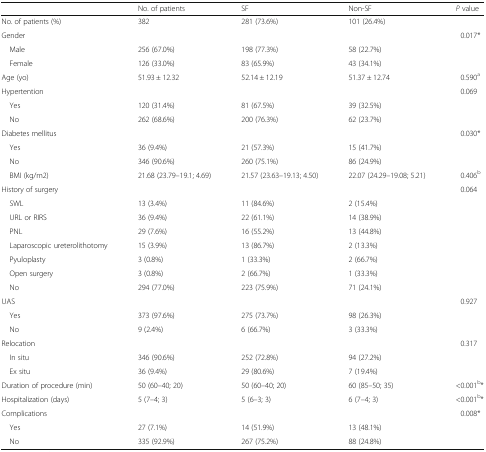
<table><thead><tr><td></td><td><b>No. of patients</b></td><td><b>SF</b></td><td><b>Non-SF</b></td><td><b><i>P</i> value</b></td></tr></thead><tbody><tr><td>No. of patients (%)</td><td>382</td><td>281 (73.6%)</td><td>101 (26.4%)</td><td></td></tr><tr><td>Gender</td><td></td><td></td><td></td><td>0.017*</td></tr><tr><td> Male</td><td>256 (67.0%)</td><td>198 (77.3%)</td><td>58 (22.7%)</td><td></td></tr><tr><td> Female</td><td>126 (33.0%)</td><td>83 (65.9%)</td><td>43 (34.1%)</td><td></td></tr><tr><td>Age (yo)</td><td>51.93 ± 12.32</td><td>52.14 ± 12.19</td><td>51.37 ± 12.74</td><td>0.590<sup>a</sup></td></tr><tr><td>Hypertention</td><td></td><td></td><td></td><td>0.069</td></tr><tr><td> Yes</td><td>120 (31.4%)</td><td>81 (67.5%)</td><td>39 (32.5%)</td><td></td></tr><tr><td> No</td><td>262 (68.6%)</td><td>200 (76.3%)</td><td>62 (23.7%)</td><td></td></tr><tr><td>Diabetes mellitus</td><td></td><td></td><td></td><td>0.030*</td></tr><tr><td> Yes</td><td>36 (9.4%)</td><td>21 (57.3%)</td><td>15 (41.7%)</td><td></td></tr><tr><td> No</td><td>346 (90.6%)</td><td>260 (75.1%)</td><td>86 (24.9%)</td><td></td></tr><tr><td> BMI (kg/m2)</td><td>21.68 (23.79–19.1; 4.69)</td><td>21.57 (23.63–19.13; 4.50)</td><td>22.07 (24.29–19.08; 5.21)</td><td>0.406<sup>b</sup></td></tr><tr><td>History of surgery</td><td></td><td></td><td></td><td>0.064</td></tr><tr><td> SWL</td><td>13 (3.4%)</td><td>11 (84.6%)</td><td>2 (15.4%)</td><td></td></tr><tr><td> URL or RIRS</td><td>36 (9.4%)</td><td>22 (61.1%)</td><td>14 (38.9%)</td><td></td></tr><tr><td> PNL</td><td>29 (7.6%)</td><td>16 (55.2%)</td><td>13 (44.8%)</td><td></td></tr><tr><td> Laparoscopic ureterolithotomy</td><td>15 (3.9%)</td><td>13 (86.7%)</td><td>2 (13.3%)</td><td></td></tr><tr><td> Pyuloplasty</td><td>3 (0.8%)</td><td>1 (33.3%)</td><td>2 (66.7%)</td><td></td></tr><tr><td> Open surgery</td><td>3 (0.8%)</td><td>2 (66.7%)</td><td>1 (33.3%)</td><td></td></tr><tr><td> No</td><td>294 (77.0%)</td><td>223 (75.9%)</td><td>71 (24.1%)</td><td></td></tr><tr><td>UAS</td><td></td><td></td><td></td><td>0.927</td></tr><tr><td> Yes</td><td>373 (97.6%)</td><td>275 (73.7%)</td><td>98 (26.3%)</td><td></td></tr><tr><td> No</td><td>9 (2.4%)</td><td>6 (66.7%)</td><td>3 (33.3%)</td><td></td></tr><tr><td>Relocation</td><td></td><td></td><td></td><td>0.317</td></tr><tr><td> In situ</td><td>346 (90.6%)</td><td>252 (72.8%)</td><td>94 (27.2%)</td><td></td></tr><tr><td> Ex situ</td><td>36 (9.4%)</td><td>29 (80.6%)</td><td>7 (19.4%)</td><td></td></tr><tr><td>Duration of procedure (min)</td><td>50 (60–40; 20)</td><td>50 (60–40; 20)</td><td>60 (85–50; 35)</td><td>&lt;0.001<sup>b</sup>*</td></tr><tr><td>Hospitalization (days)</td><td>5 (7–4; 3)</td><td>5 (6–3; 3)</td><td>6 (7–4; 3)</td><td>&lt;0.001<sup>b</sup>*</td></tr><tr><td>Complications</td><td></td><td></td><td></td><td>0.008*</td></tr><tr><td> Yes</td><td>27 (7.1%)</td><td>14 (51.9%)</td><td>13 (48.1%)</td><td></td></tr><tr><td> No</td><td>335 (92.9%)</td><td>267 (75.2%)</td><td>88 (24.8%)</td><td></td></tr></tbody></table>